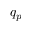
q _ { p }